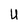
Character: U